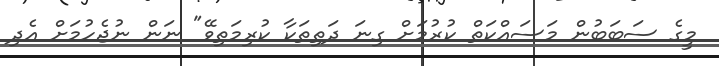
މީގެ ސަބަބުން މަސައްކަތް ކުރުމަށް ގިނަ ދަތިތަކާ ކުރިމަތިވޭ" ނަން ނުޖެހުމަށް އެދި